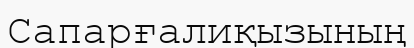
Сапарғалиқызының